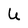
Character: U